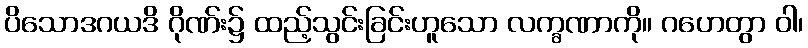
ပိသောဒဂယဒိ ဂိုဏ်း၌ ထည့်သွင်းခြင်းဟူသော လက္ခဏာကို။ ဂဟေတွာ ဝါ၊